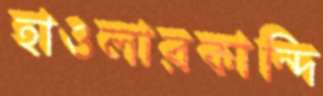
হাওলারকান্দি